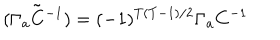
{ \tilde { ( \Gamma _ { a } C ^ { - 1 } ) } } = ( - 1 ) ^ { T ( T - 1 ) / 2 } \Gamma _ { a } C ^ { - 1 }